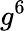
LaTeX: g^{6}